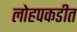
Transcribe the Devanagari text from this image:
लोहपकडीत